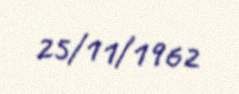
25/11/1962